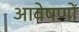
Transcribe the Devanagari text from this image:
आवेषणों